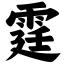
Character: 霆